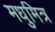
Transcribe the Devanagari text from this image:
मधुमित्र